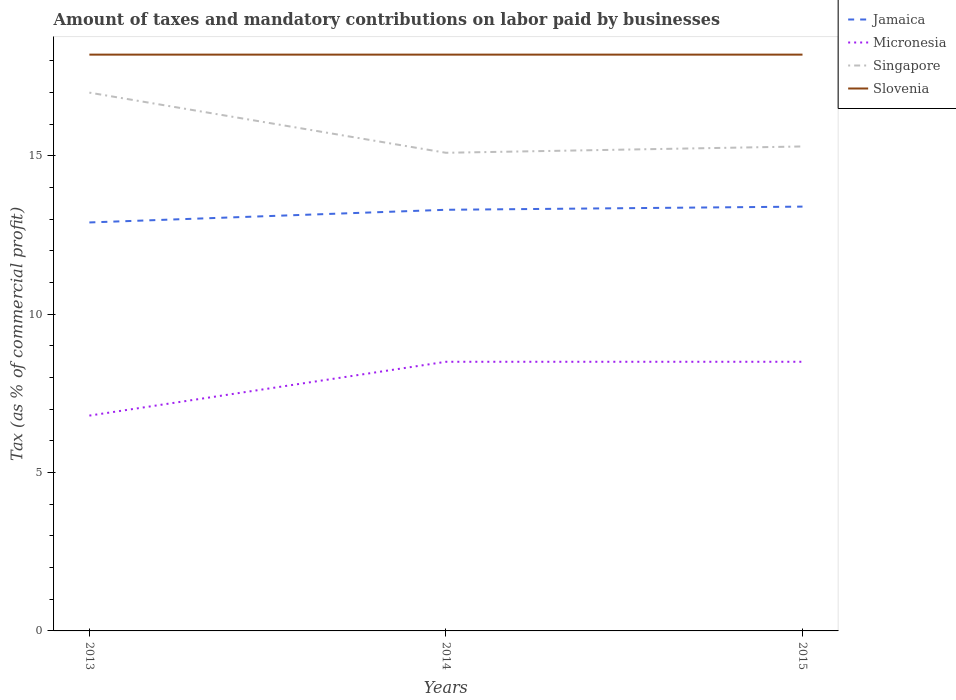
| Years | Jamaica | Micronesia | Singapore | Slovenia |
 | --- | --- | --- | --- | --- |
 | 2013 | 12.9 | 6.8 | 17 | 18.2 |
 | 2014 | 13.3 | 8.5 | 15.1 | 18.2 |
 | 2015 | 13.4 | 8.5 | 15.3 | 18.2 |